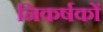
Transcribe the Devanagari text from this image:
निकर्षकों